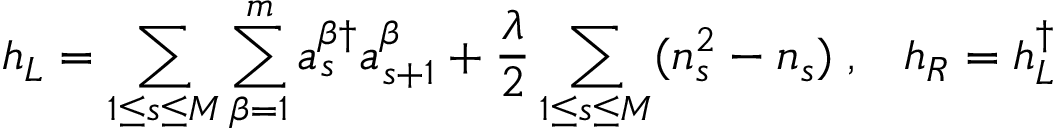
h _ { L } = \sum _ { 1 \leq s \leq M } \sum _ { \beta = 1 } ^ { m } a _ { s } ^ { \beta \dag } a _ { s + 1 } ^ { \beta } + \frac { \lambda } { 2 } \sum _ { 1 \leq s \leq M } ( n _ { s } ^ { 2 } - n _ { s } ) \; , \; \; \; h _ { R } = h _ { L } ^ { \dag }